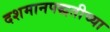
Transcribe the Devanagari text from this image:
दशमानपद्धतीच्या